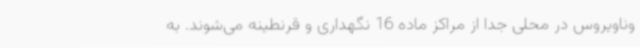
وناویروس در محلی جدا از مراکز ماده 16 نگهداری و قرنطینه می‌شوند. به